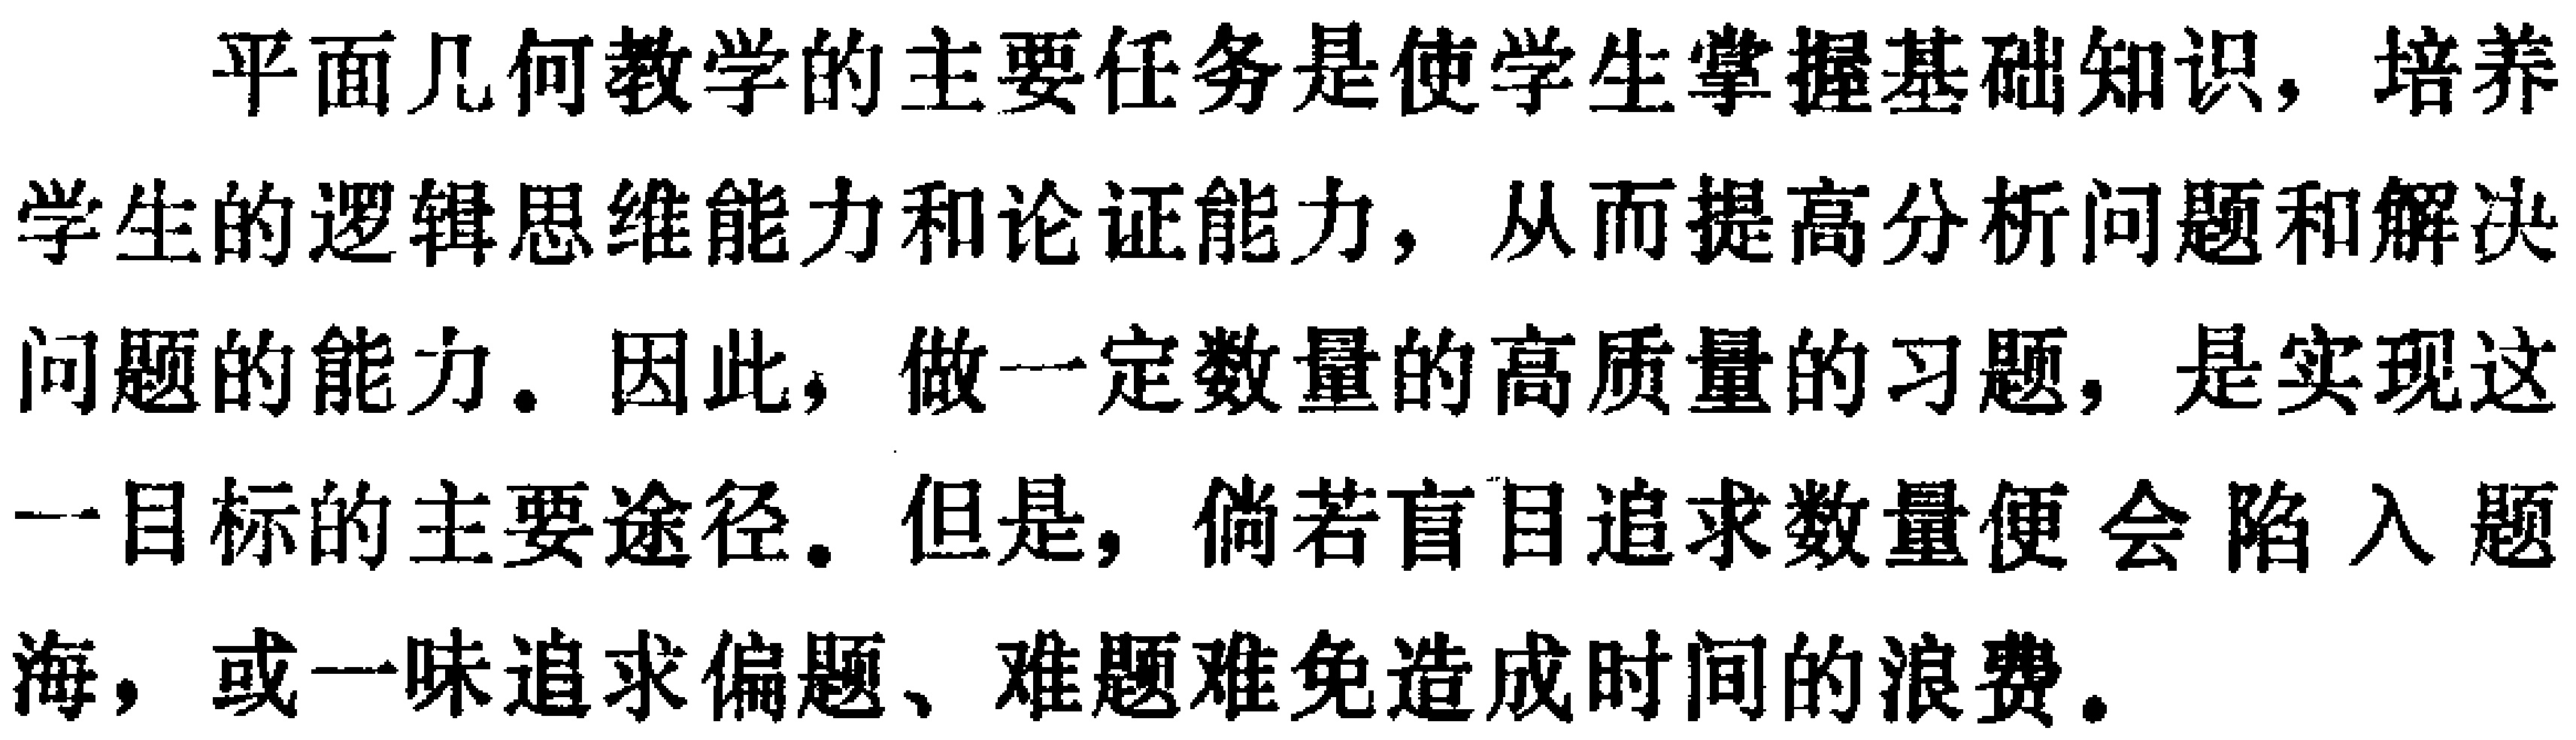
平面几何教学的主要任务是使学生掌握基础知识，培养学生的逻辑思维能力和论证能力，从而提高分析问题和解决问题的能力。因此，做一定数量的高质量的习题，是实现这一目标的主要途径。但是，倘若盲目追求数量便会陷入题海，或一味追求偏题、难题难免造成时间的浪费。